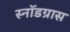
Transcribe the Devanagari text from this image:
स्नॉडग्रास